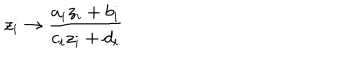
z _ { i } \rightarrow \frac { a _ { i } z _ { i } + b _ { i } } { c _ { i } z _ { i } + d _ { i } }